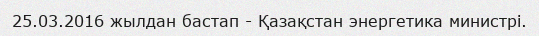
25.03.2016 жылдан бастап - Қазақстан энергетика министрі.